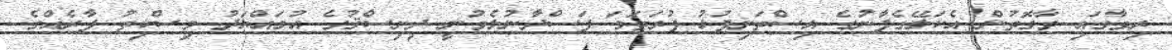
ރިވާގައި ވާގޮތުން އެކަލޭގެފާނުގެ އިސްތަށިފުޅު ފުރަތަމަ ފަސްދާނުލެވުނީ ދިނިސްޤުގެ އުމައްޔަދު މިސްކިތު ފާރެއްގެ